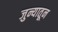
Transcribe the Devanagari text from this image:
जुन्यातून